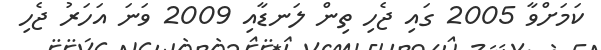
ކަމަށްވާ 2005 ގައި ޖެހި ތިން ލަނޑާއި 2009 ވަނަ އަހަރު ޖެހި